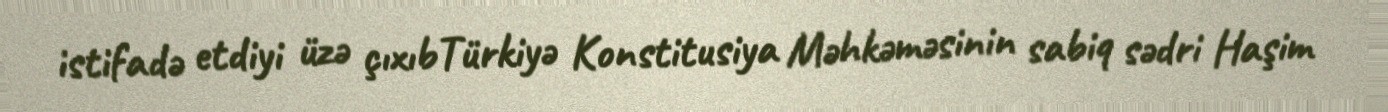
istifadə etdiyi üzə çıxıbTürkiyə Konstitusiya Məhkəməsinin sabiq sədri Haşim